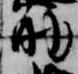
助